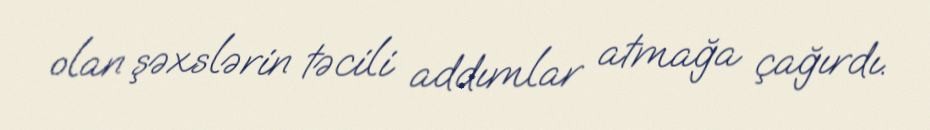
olan şəxslərin təcili addımlar atmağa çağırdı.